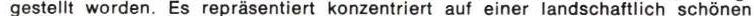
gestellt wordewn, Es repräsentiert konzertriert auf einer landschaftlich schönen